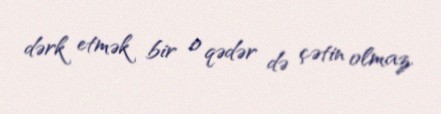
dərk etmək bir o qədər də çətin olmaz.